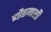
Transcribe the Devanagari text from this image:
गौतमाशी